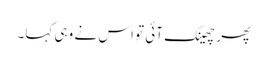
پھر چھینک آئی تو اس نے وہی کہا۔